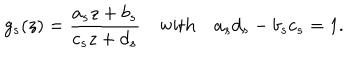
LaTeX: g _ { s } ( z ) = \frac { a _ { s } z + b _ { s } } { c _ { s } z + d _ { s } } \quad \mathrm { { w i t h } } \quad a _ { s } d _ { s } - b _ { s } c _ { s } = 1 .